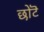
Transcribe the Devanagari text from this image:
छोटॆ